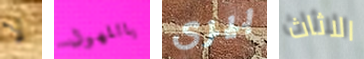
لا ياللهول بيرى الاثاث